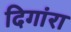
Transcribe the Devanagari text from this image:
दिगांरा